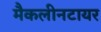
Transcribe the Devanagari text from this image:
मैकलीनटायर